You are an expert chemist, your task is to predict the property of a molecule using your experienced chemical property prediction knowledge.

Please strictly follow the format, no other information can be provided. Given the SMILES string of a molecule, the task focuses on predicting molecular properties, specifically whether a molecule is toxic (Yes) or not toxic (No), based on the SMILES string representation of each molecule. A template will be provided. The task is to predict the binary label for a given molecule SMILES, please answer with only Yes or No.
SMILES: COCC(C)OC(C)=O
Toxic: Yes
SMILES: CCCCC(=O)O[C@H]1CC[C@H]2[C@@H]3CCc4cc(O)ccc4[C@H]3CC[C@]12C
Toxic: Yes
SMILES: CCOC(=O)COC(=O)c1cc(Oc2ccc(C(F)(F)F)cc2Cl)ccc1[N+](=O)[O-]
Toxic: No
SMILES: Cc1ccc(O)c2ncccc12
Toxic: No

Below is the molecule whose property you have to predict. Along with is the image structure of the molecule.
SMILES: COc1ccc(-c2ccc3cc(C(=O)O)ccc3c2)cc1C12CC3CC(CC(C3)C1)C2
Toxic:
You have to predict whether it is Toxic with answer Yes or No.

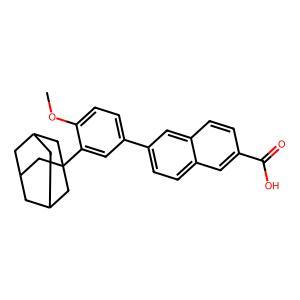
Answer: No